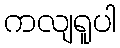
ကလျရူပါ